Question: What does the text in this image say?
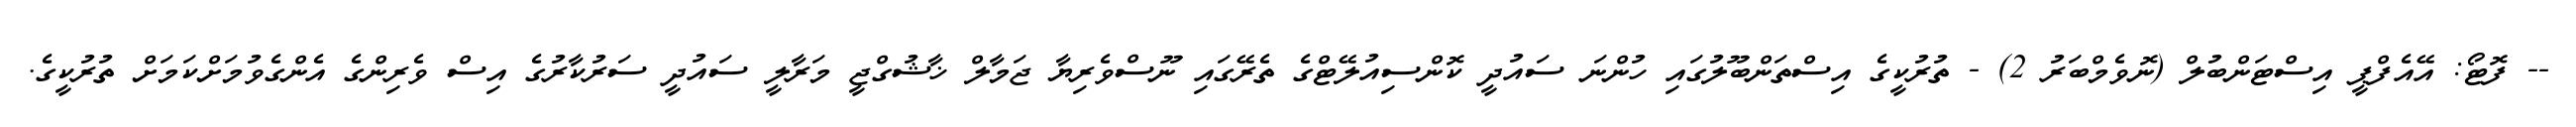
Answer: -- ފޮޓޯ: އޭއެފްޕީ އިސްޓަންބުލް (ނޮވެމްބަރު 2) - ތުރުކީގެ އިސްތަންބޫލުގައި ހުންނަ ސައުދީ ކޮންސިއުލޭޓްގެ ތެރޭގައި ނޫސްވެރިޔާ ޖަމާލް ޚާޝުގްޖީ މަރާލީ ސައުދީ ސަރުކާރުގެ އިސް ވެރިންގެ އެންގެވުމަށްކަމަށް ތުރުކީގެ.